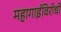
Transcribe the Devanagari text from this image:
महागाईविरोधी